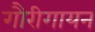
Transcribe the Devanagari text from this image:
गौरीगायन